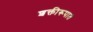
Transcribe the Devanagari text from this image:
शक्तीरूपात